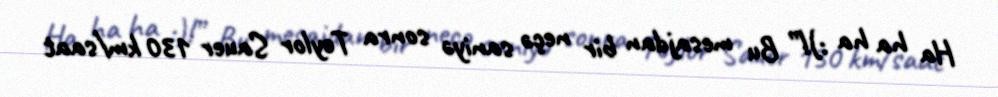
Ha ha ha :)!” Bu mesajdan bir neçə saniyə sonra Teylor Sauer 130 km/saat